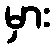
မှား